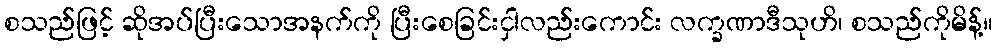
စသည်ဖြင့် ဆိုအပ်ပြီးသောအနက်ကို ပြီးစေခြင်းငှါလည်းကောင်း လက္ခဏာဒီသုဟိ၊ စသည်ကိုမိန့်။